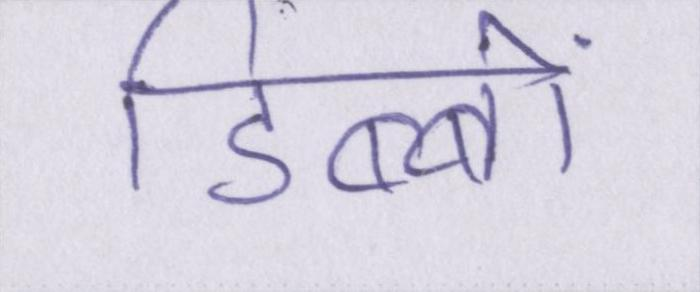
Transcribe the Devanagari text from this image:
डिब्बों